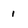
Character: 1